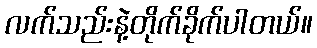
လက်သည်းနဲ့တိုက်ခိုက်ပါတယ်။